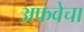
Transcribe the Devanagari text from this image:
अफवेचा